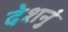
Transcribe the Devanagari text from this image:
देशनुं